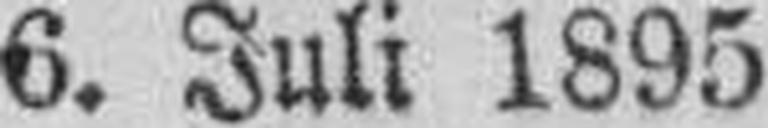
6. Juli 1895